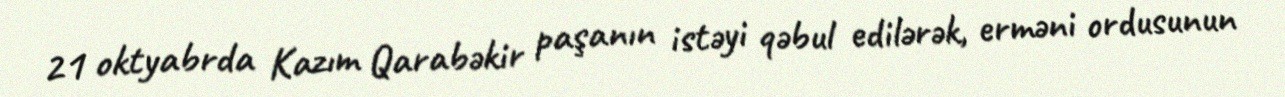
21 oktyabrda Kazım Qarabəkir paşanın istəyi qəbul edilərək, erməni ordusunun